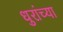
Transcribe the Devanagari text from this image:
धुरांच्या